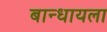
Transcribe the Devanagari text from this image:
बान्धायला